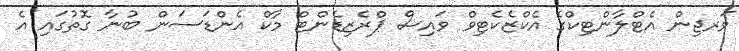
ވަރޖިން އެޓްލާންޓިކްގެ އެކްޒެކެޓިވް ވައިސް ޕްރެޒިޑެންޓް މާކް އެންޑަސަން ބުނާ ގޮތުގައި އެ